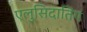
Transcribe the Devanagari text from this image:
एलुसिदातिंग